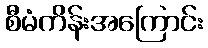
စီမံကိန်းအကြောင်း